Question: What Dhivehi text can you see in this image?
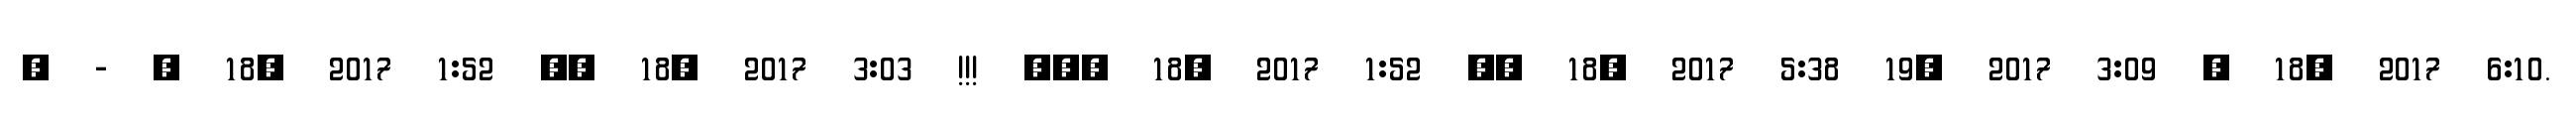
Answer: , - ? 18, 2017 1:52 ?? 18, 2017 3:03 !!! ??? 18, 2017 1:52 ?? 18, 2017 5:38 19, 2017 3:09 ? 18, 2017 6:10.